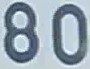
80